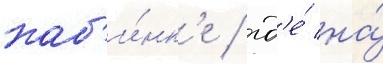
каб'и́нк'е / гд'е́ на́